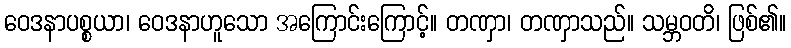
ဝေဒနာပစ္စယာ၊ ဝေဒနာဟူသော အကြောင်းကြောင့်။ တဏှာ၊ တဏှာသည်။ သမ္ဘဝတိ၊ ဖြစ်၏။